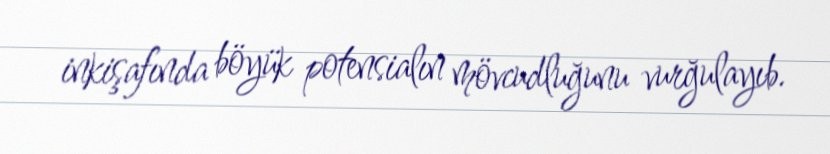
inkişafında böyük potensialın mövcudluğunu vurğulayıb.